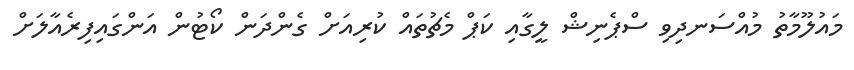
މައުލޫމާތު މުއްސަނދިވި ސްޕެނިޝް ލީގާއި ކަޕް މެޗުތައް ކުރިއަށް ގެންދަން ކޯޓުން އަންގައިފިރެއާލަށް